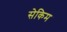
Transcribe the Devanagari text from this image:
सेकिम